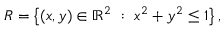
R = \left\{ ( x , y ) \in \mathbb { R } ^ { 2 } \ : \ x ^ { 2 } + y ^ { 2 } \leq 1 \right\} ,